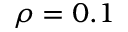
\rho = 0 . 1